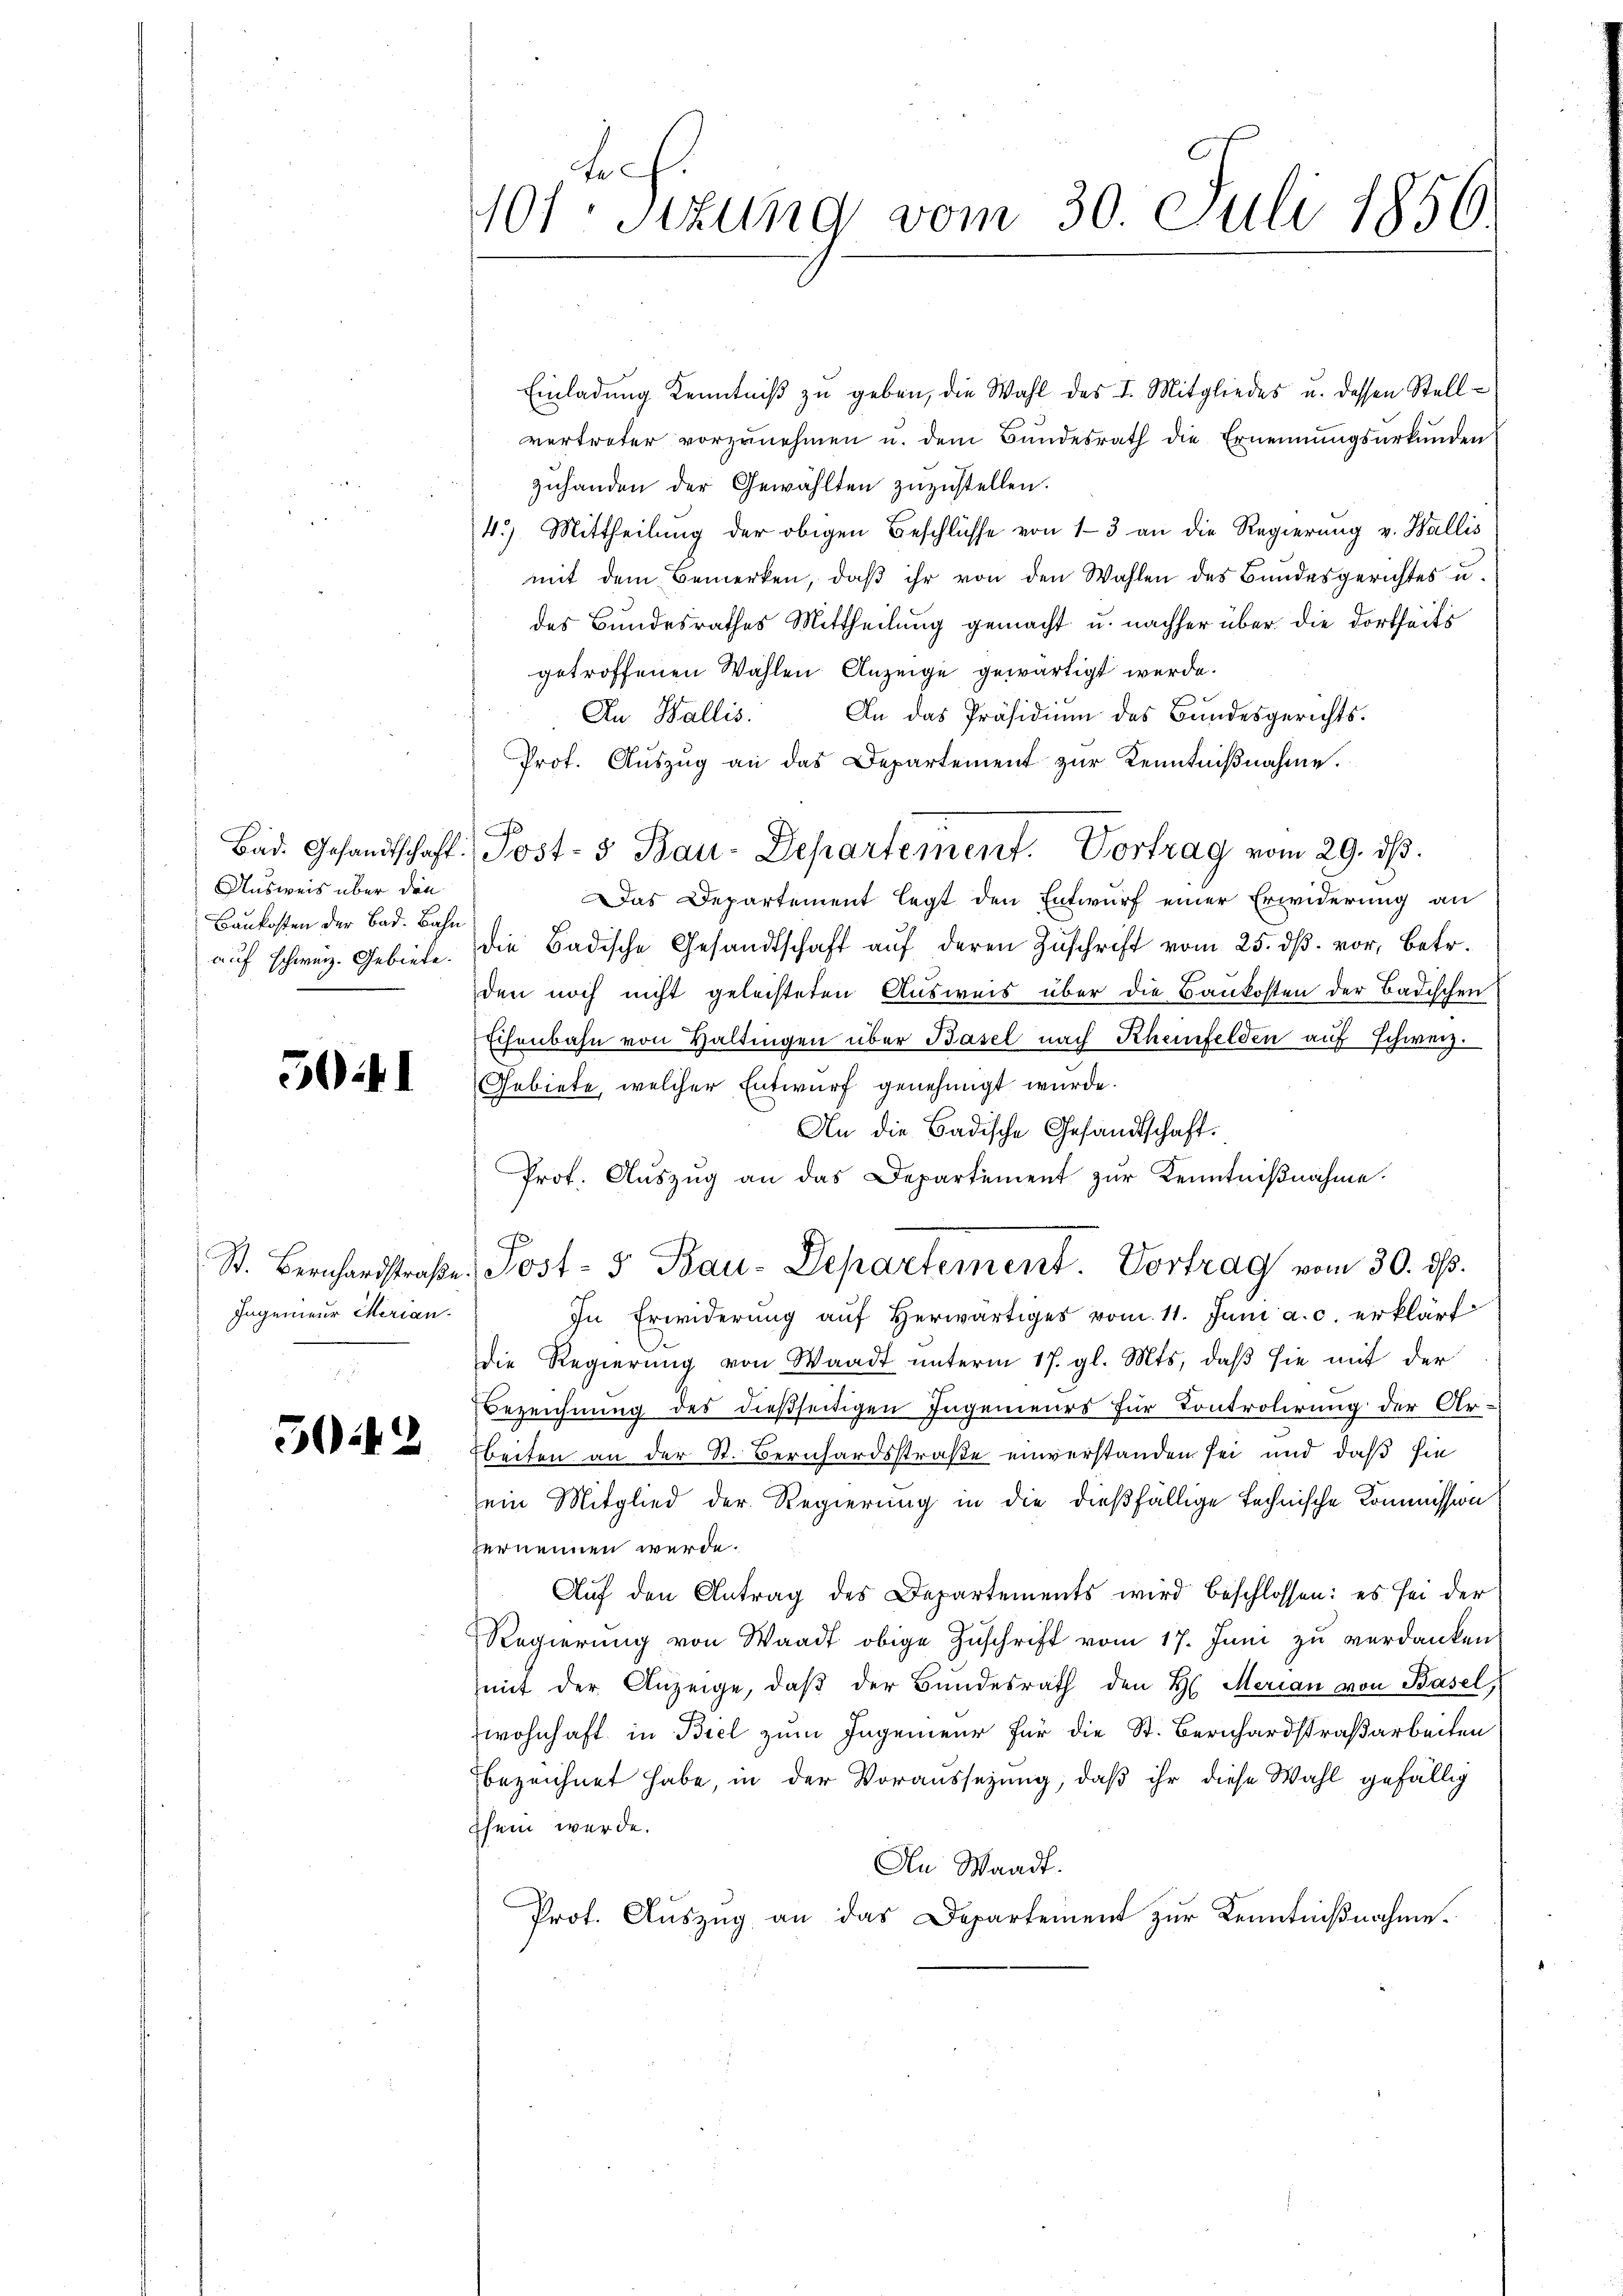
Ausweis über die
Baukosten der Bad. Bahn

5041

Ingenieur Merian.

3042

Einladŭng Kenntniβ zŭ geben, die Wahl des I. Mitgliedes u. dessen Stellvertreter vorzunehmen u. dem Bundesrath die Ernennungsurkunden
zŭhanden der Gewählten zuzustellen.
4.) Mittheilung der obigen Beschlüsse von 13 an die Regierung v. Wallis
mit dem Bemerken, daß ihr von den Wahlen des Bundesgerichtes u.
des Bundesrathes Mittheilung gemacht u. nachher über die dortseits
getroffenen Wahlen Anzeige gewärtigt werde.
An Wallis. An das Präsidium des Bundesgerichts-
Prot. Aŭszŭg an das Departement zŭr Kenntniβnahme.
A
Das Departement legt den Entwurf einer Erwiderung an
aŭf schweiz. Gebiete. Die Badische Gesandtschaft aŭf deren Zŭschrift vom 25. dβ. vor, betr.
den noch nicht geleisteten Ausweis über die Baukosten der Badischen
Eisenbahn von Haltingen über Basel nach Rheinfelden auf Schweiz.
Gebiete, welcher Entwurf genehmigt wurde.
An die Badische Gesandtschaft.
Prof. Aŭszŭg an das Departement zŭr Kenntniβnahme.
St. Bernhardstraße, Post- & Bau-Departement. Vortrag vom 30. ds.
In Erwiderung aŭf herwärtiges vom 11. Juni a. c. erklärt
die Regierung von Waadt unterm 17. gl. Mts., daß sie mit der
Bezeichnung des dießseitigen Ingenieurs für Controlirung der Arbeiten an der St. Bernhardsstraße einverstanden sei und daß sie
ein Mitglied der Regierung in die dießfällige technische Kommission
vernennen werde.
Aŭf den Antrag des Departements wird beschlossen: es sei der
Regierŭng von Waadt obige Zŭschrift vom 17. Juni zu verdanken
mit der Anzeige, daβ der Bundesrath den H. Merian von Basel,
wohnhaft in Biel zum Ingenieur für die St. Bernhardstraßarbeiten
bezeichnet habe, in der Voraussezung, daß ihr diese Wahl gefällig
chein werde.
An Waadt.
Prot. Auszug an das Departement zur Kenntnißnahme.

10ten Sizung vom 30. Juli 1850.

Bad. Gesandtschaft. Jost- & Bau-Departement. Vortrag vom 29. ds.